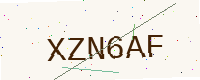
Text: XZN6AF